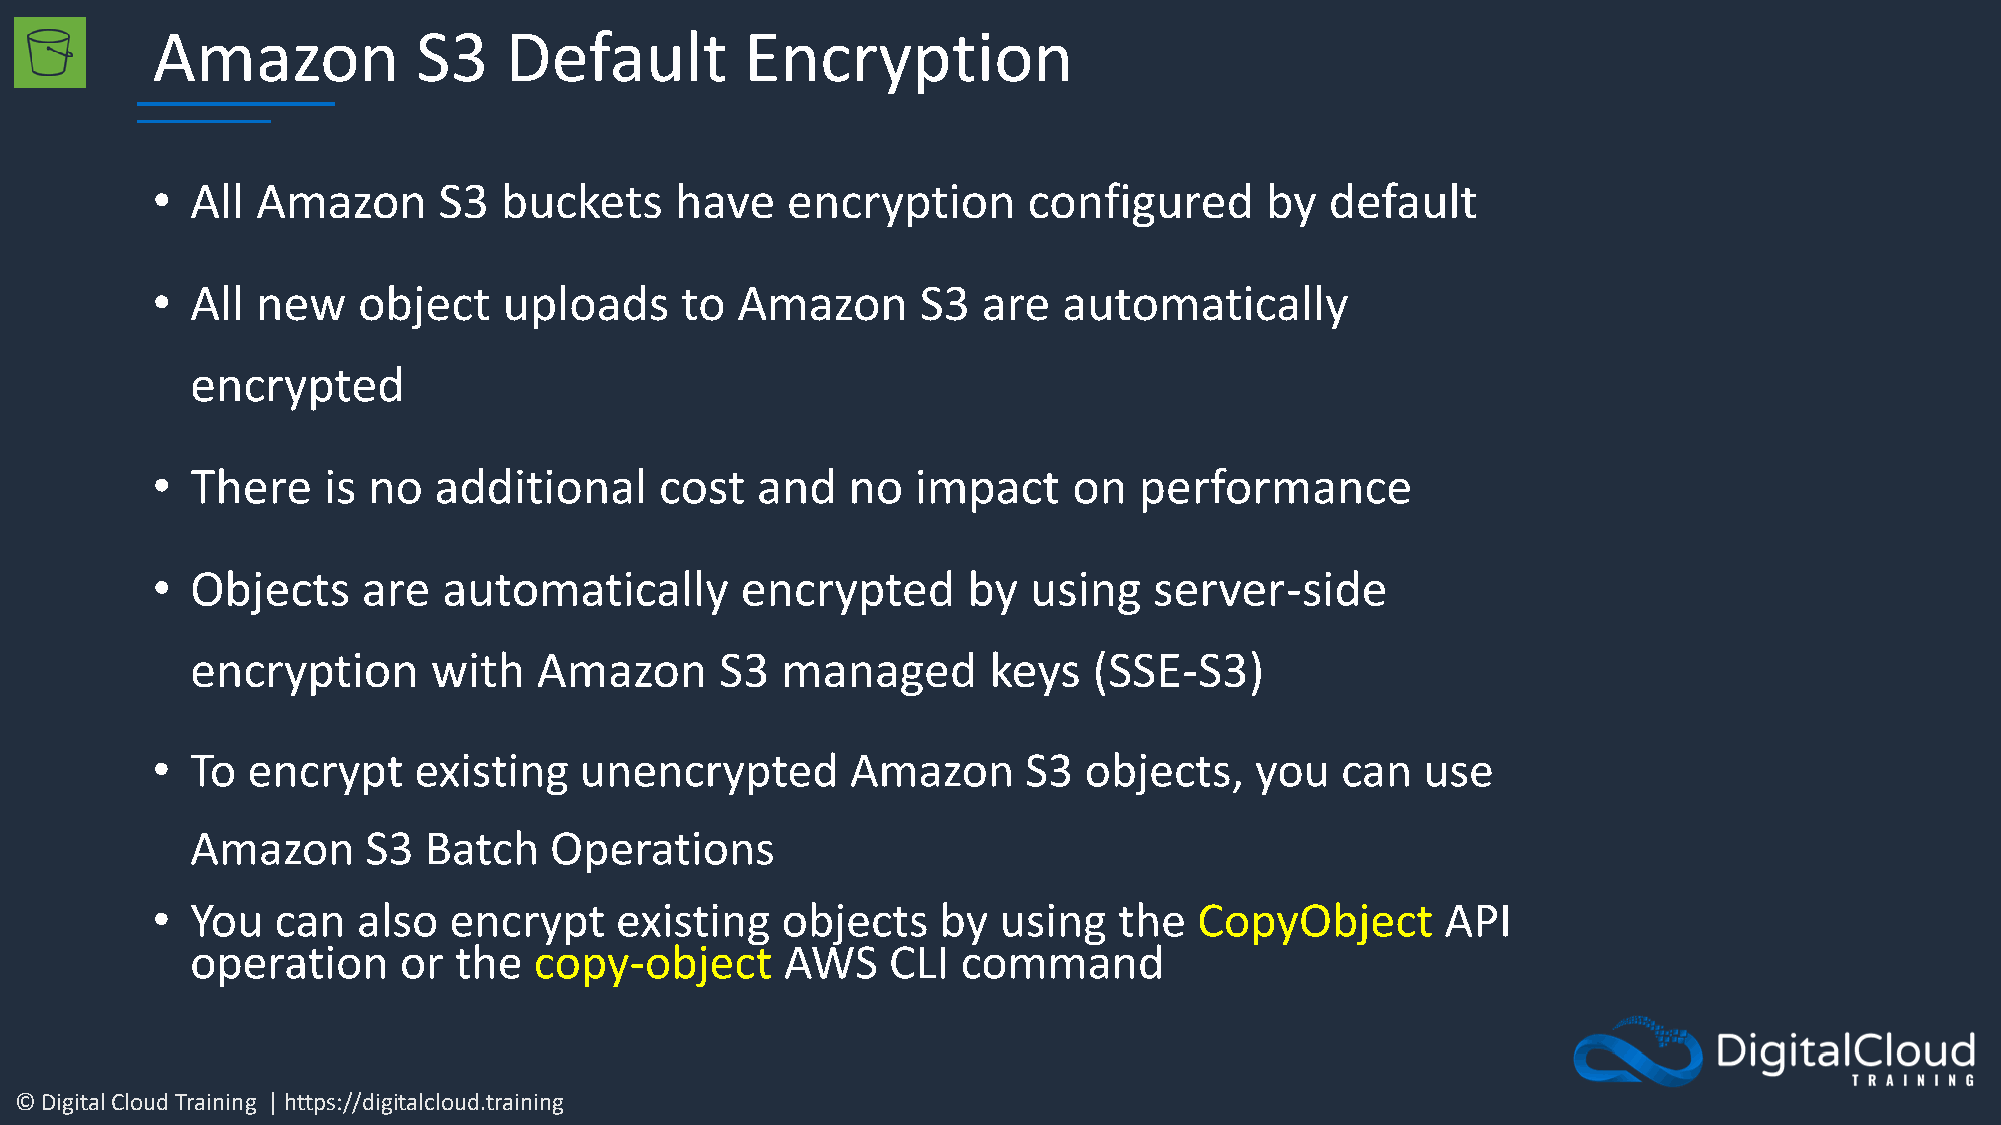
Amazon            S3   Default         Encryption
 •  All Amazon      S3  buckets     have   encryption      configured      by  default
 •  All new    object   uploads     to  Amazon      S3  are  automatically
 encrypted
 •  There   is no   additional     cost  and   no   impact    on  performance
 •  Objects    are  automatically       encrypted      by  using   server-side
 encryption      with   Amazon      S3  managed      keys   (SSE-S3)
 •  To encrypt    existing   unencrypted       Amazon      S3  objects,   you   can  use
 Amazon     S3  Batch   Operations
 •  You  can   also  encrypt    existing   objects   by  using   the  CopyObject       API
 operation    or  the  copy-object      AWS    CLI  command
 © Digital Cloud Training | https://digitalcloud.training